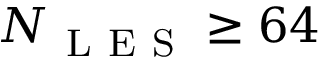
N _ { \mathrm { ~ L ~ E ~ S ~ } } \geq 6 4